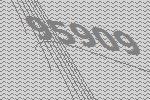
95909